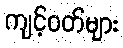
ကျင့်ဝတ်များ